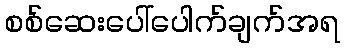
စစ်ဆေးပေါ်ပေါက်ချက်အရ